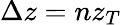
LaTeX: \Delta z=nz_{T}